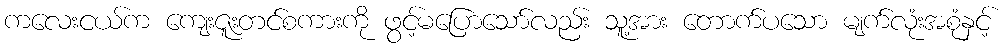
ကလေးငယ်က ကျေးဇူးတင်စကားကို ဖွင့်မပြောသော်လည်း သူ့အား တောက်ပသော မျက်လုံးအစုံနှင့်